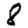
Digit: 8